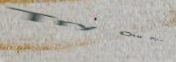
Try Our Pizza